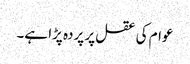
عوام کی عقل پر پردہ پڑا ہے۔